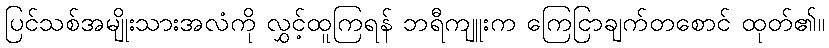
ပြင်သစ်အမျိုးသားအလံကို လွှင့်ထူကြရန် ဘရီကျူးက ကြေငြာချက်တစောင် ထုတ်၏။